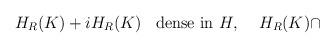
LaTeX: \begin{align*}H_{R}(K)+iH_{R}(K)\,\,\,\,\,\hbox{dense in }H,\quad \,H_{R}(K)\cap\end{align*}